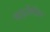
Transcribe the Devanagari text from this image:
बाइजेंटीन